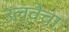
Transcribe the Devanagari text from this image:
उल्वेचा